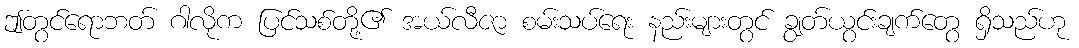
ဤတွင်ရောဘတ် ဂါလိုက ပြင်သစ်တို့၏ အယ်လီဇာ စမ်းသပ်ရေး နည်းများတွင် ချွတ်ယွင်းချက်တွေ ရှိသည်ဟု